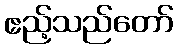
ဧည့်သည်တော်